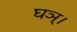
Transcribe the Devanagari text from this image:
घञ्।